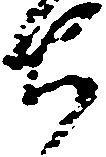
ち